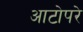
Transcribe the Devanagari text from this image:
आटोपरे